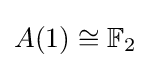
A(1)\cong \mathbb {F} _{2}